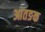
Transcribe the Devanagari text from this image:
आतङक